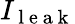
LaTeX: I_{\mathrm{~l~e~a~k~}}